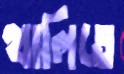
থালিতে